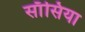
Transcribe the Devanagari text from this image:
साँसिया